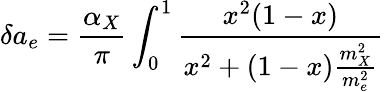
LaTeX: \delta a_{e}=\frac{\alpha_{X}}{\pi}\int_{0}^{1}\frac{x^{2}(1-x)}{x^{2}+(1-x)\frac{m_{X}^{2}}{m_{e}^{2}}}